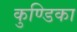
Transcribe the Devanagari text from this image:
कुण्डिका